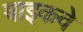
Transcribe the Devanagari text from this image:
बाइकवे